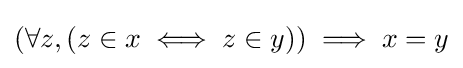
(\forall z,(z\in x\iff z\in y))\implies x=y